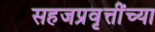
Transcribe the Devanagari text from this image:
सहजप्रवृत्तींच्या